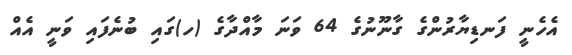
އެހެނީ ފަނޑިޔާރުންގެ ގާނޫނުގެ 64 ވަނަ މާއްދާގެ (ހ)ގައި ބުނެފައި ވަނީ އެއް